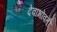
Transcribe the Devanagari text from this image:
देवाभोवती